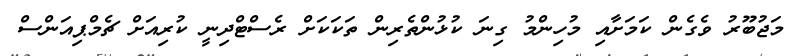
މަޖުބޫރު ވެގެން ކަމަށާއި މުހިންމު ގިނަ ކުޅުންތެރިން ތަކަކަށް ރެސްޓްދިނީ ކުރިއަށް ޗެމްޕިއަންސް